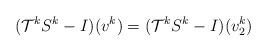
LaTeX: \begin{align*} (\mathcal{T}^kS^k-I)(v^k)= (\mathcal{T}^kS^k-I)(v_2^k)\end{align*}